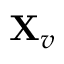
\mathbf { X } _ { v }